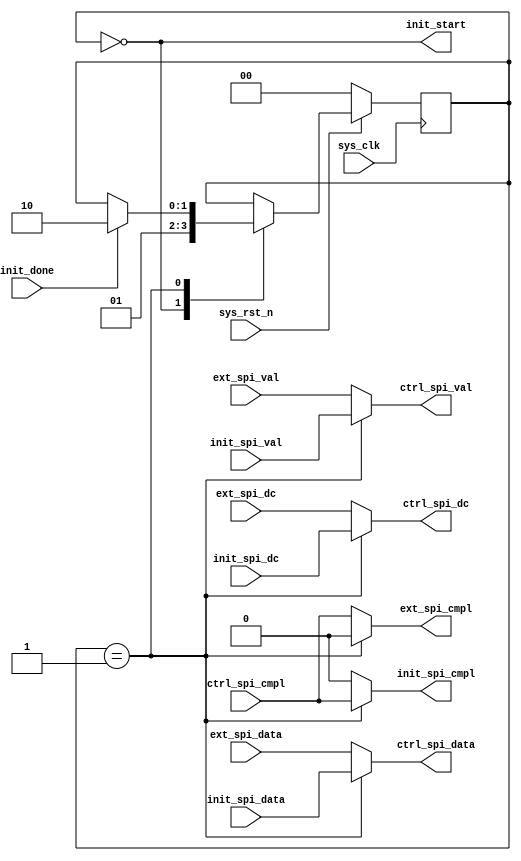
// Copyright (c) 2016 Princeton University
// All rights reserved.
// 
// Redistribution and use in source and binary forms, with or without
// modification, are permitted provided that the following conditions are met:
//     * Redistributions of source code must retain the above copyright
//       notice, this list of conditions and the following disclaimer.
//     * Redistributions in binary form must reproduce the above copyright
//       notice, this list of conditions and the following disclaimer in the
//       documentation and/or other materials provided with the distribution.
//     * Neither the name of Princeton University nor the
//       names of its contributors may be used to endorse or promote products
//       derived from this software without specific prior written permission.
// 
// THIS SOFTWARE IS PROVIDED BY PRINCETON UNIVERSITY "AS IS" AND
// ANY EXPRESS OR IMPLIED WARRANTIES, INCLUDING, BUT NOT LIMITED TO, THE IMPLIED
// WARRANTIES OF MERCHANTABILITY AND FITNESS FOR A PARTICULAR PURPOSE ARE
// DISCLAIMED. IN NO EVENT SHALL PRINCETON UNIVERSITY BE LIABLE FOR ANY
// DIRECT, INDIRECT, INCIDENTAL, SPECIAL, EXEMPLARY, OR CONSEQUENTIAL DAMAGES
// (INCLUDING, BUT NOT LIMITED TO, PROCUREMENT OF SUBSTITUTE GOODS OR SERVICES;
// LOSS OF USE, DATA, OR PROFITS; OR BUSINESS INTERRUPTION) HOWEVER CAUSED AND
// ON ANY THEORY OF LIABILITY, WHETHER IN CONTRACT, STRICT LIABILITY, OR TORT
// (INCLUDING NEGLIGENCE OR OTHERWISE) ARISING IN ANY WAY OUT OF THE USE OF THIS
// SOFTWARE, EVEN IF ADVISED OF THE POSSIBILITY OF SUCH DAMAGE.

module ssd1306_ctrl (
    input               sys_clk,
    input               sys_rst_n,

    output              init_start,
    input               init_done,

    input               init_spi_val,
    input       [7:0]   init_spi_data,
    input               init_spi_dc,
    output  reg         init_spi_cmpl,

    input               ext_spi_val,
    input       [7:0]   ext_spi_data,
    input               ext_spi_dc,
    output  reg         ext_spi_cmpl,

    output  reg         ctrl_spi_val,
    output  reg [7:0]   ctrl_spi_data,
    output  reg         ctrl_spi_dc,
    input               ctrl_spi_cmpl
);

localparam  IDLE    = 0;
localparam  INIT    = 1;
localparam  EXT     = 2;


reg [1:0]       ssd1306_state;

assign init_start = ssd1306_state == IDLE;

always @(posedge sys_clk) begin
    if(~sys_rst_n) begin
        ssd1306_state   <= IDLE;
    end
    else begin
        case (ssd1306_state)
            IDLE: begin
                ssd1306_state <= INIT;
            end
            INIT: begin
                ssd1306_state <= init_done ? EXT : ssd1306_state;
            end
            EXT: begin
                ssd1306_state <= ssd1306_state;
            end
            default: begin
            end
        endcase
    end
end



always @(*) begin
    case (ssd1306_state)
    INIT: begin
        ctrl_spi_val    <= init_spi_val;
        ctrl_spi_data   <= init_spi_data;
        ctrl_spi_dc     <= init_spi_dc;
        init_spi_cmpl   <= ctrl_spi_cmpl;
        ext_spi_cmpl    <= 1'b0;
    end
    default: begin
        ctrl_spi_val    <= ext_spi_val;
        ctrl_spi_data   <= ext_spi_data;
        ctrl_spi_dc     <= ext_spi_dc;
        ext_spi_cmpl    <= ctrl_spi_cmpl;
        init_spi_cmpl   <= 1'b0;
    end
    endcase
end

endmodule